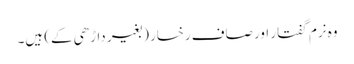
وہ نرم گفتار اور صاف رخسار (بغیر داڑھی کے) ہیں۔